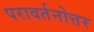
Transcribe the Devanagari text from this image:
परावर्तनोत्तर